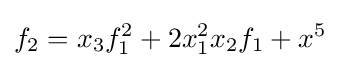
f_{2}=x_{3}f_{1}^{2}+2x_{1}^{2}x_{2}f_{1}+x^{5}